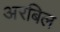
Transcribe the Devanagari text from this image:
अरबिल